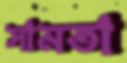
সামতা